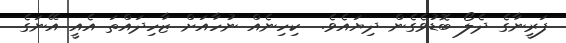
ފަރީނާގެ ދެލޯ ބޮޑުވެގެން ދިިޔައެވެ.  ކިހިނެއް ނުހާއަށް ޒާހިދައްތަ އެއީ އޭނަގެ